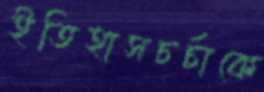
ইতিহাসচর্চাকে